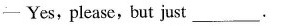
-Yes, please, but just___.